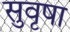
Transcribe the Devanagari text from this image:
सुवृषा